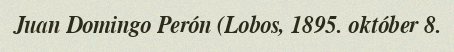
Juan Domingo Perón (Lobos, 1895. október 8.